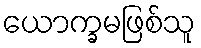
ယောက္ခမဖြစ်သူ